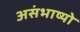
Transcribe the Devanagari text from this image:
असंभाष्यो